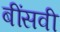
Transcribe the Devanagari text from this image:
बींसवी